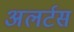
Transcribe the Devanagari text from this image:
अलर्टस